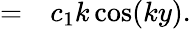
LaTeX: \begin{array}{rl}{=}&{{}c_{1}k\cos(ky).}\end{array}